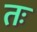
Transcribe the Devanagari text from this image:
तः